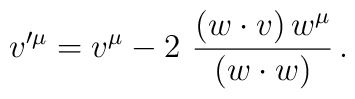
v'^{\mu} =  v^{\mu} - 2 \ \frac{(w \cdot v) \,w^{\mu}}{(w \cdot w)}  \, .